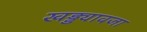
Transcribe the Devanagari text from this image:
खड्ड्यावजा